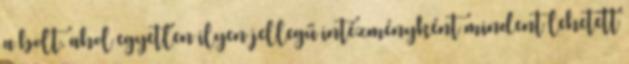
a bolt, ahol egyetlen ilyen jellegű intézményként mindent lehetett